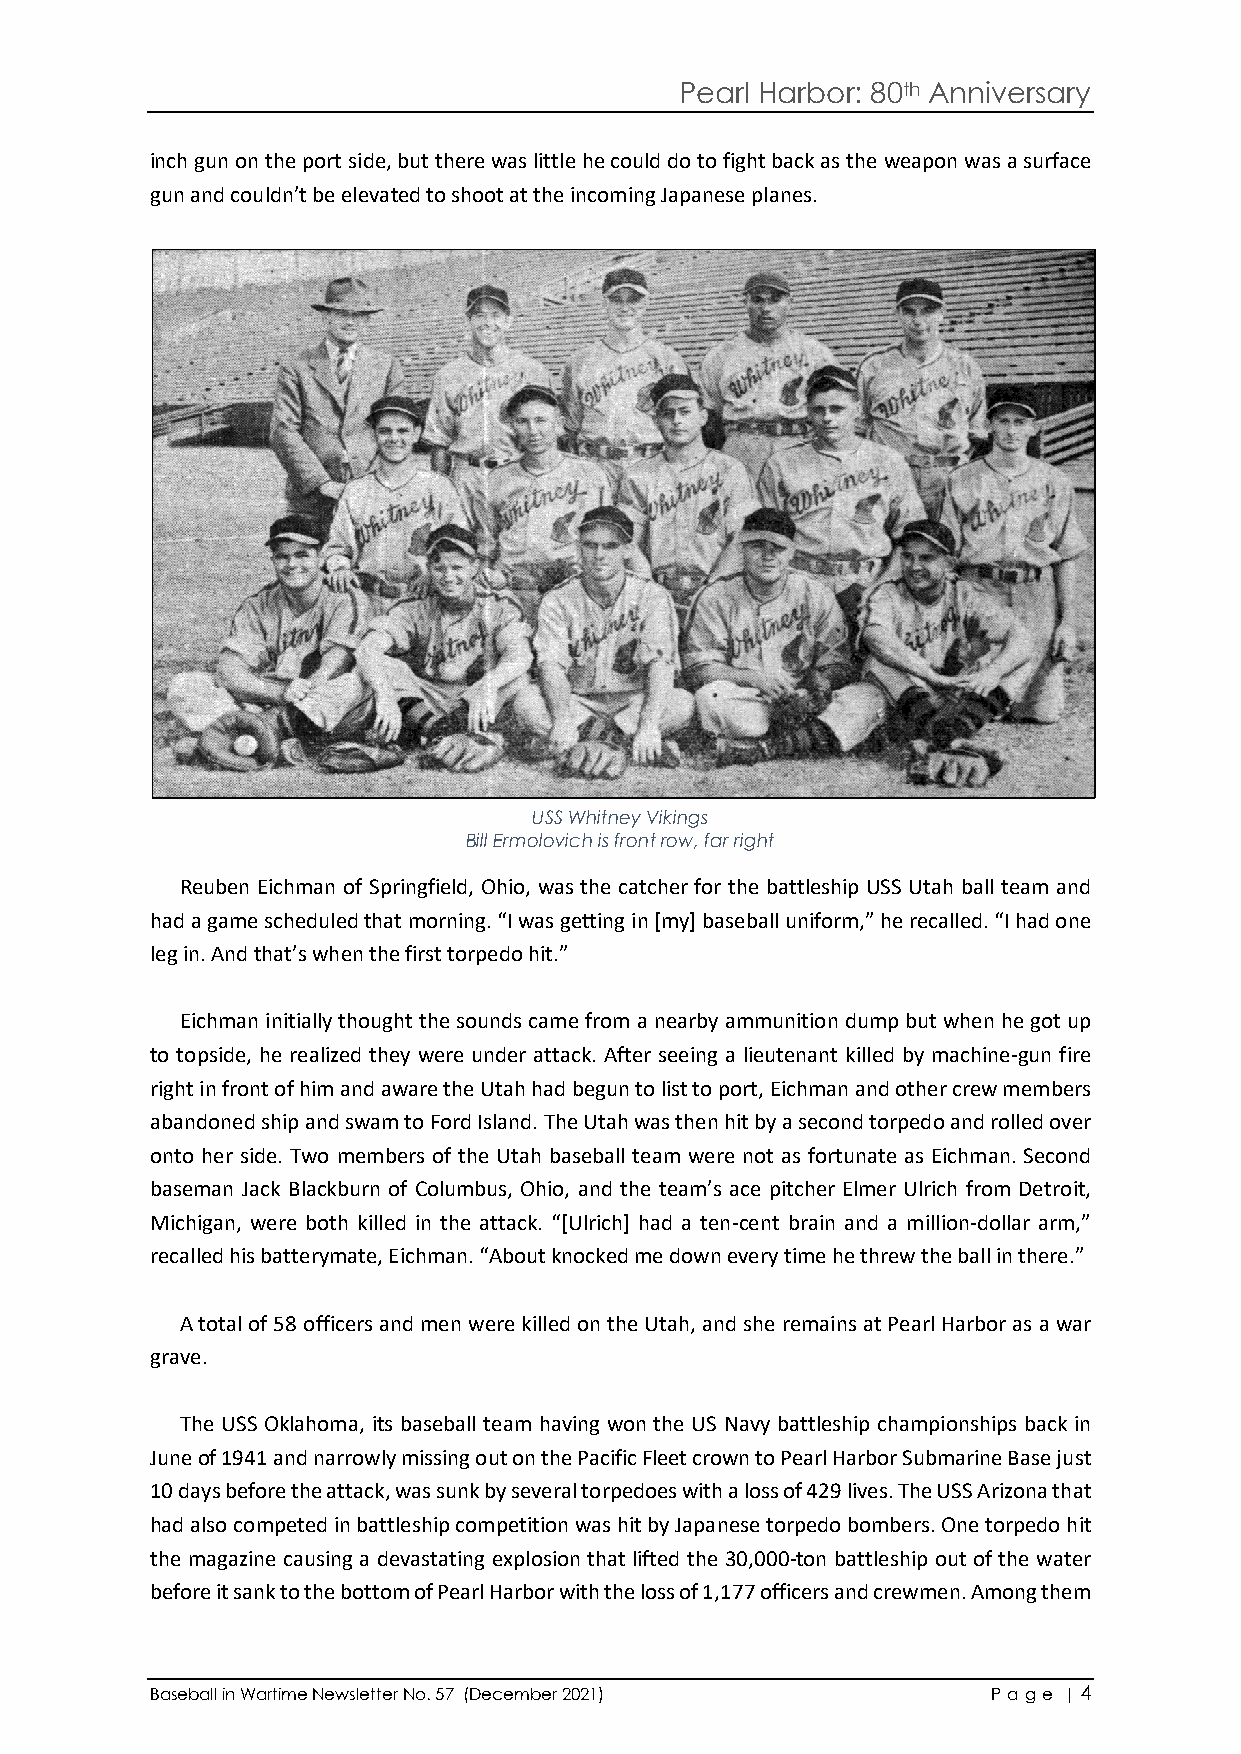
Pearl Harbor: 80th Anniversary
 inch gun on the port side, but there was little he could do to fight back as the weapon was a surface
 gun and couldn’t be elevated to shoot at the incoming Japanese planes.
 USS Whitney Vikings
 Bill Ermolovich is front row, far right
 Reuben Eichman of Springfield, Ohio, was the catcher for the battleship USS Utah ball team and
 had a game scheduled that morning. “I was getting in [my] baseball uniform,” he recalled. “I had one
 leg in. And that’s when the first torpedo hit.”
 Eichman initially thought the sounds came from a nearby ammunition dump but when he got up
 to topside, he realized they were under attack. After seeing a lieutenant killed by machine-gun fire
 right in front of him and aware the Utah had begun to list to port, Eichman and other crew members
 abandoned ship and swam to Ford Island. The Utah was then hit by a second torpedo and rolled over
 onto her side. Two members of the Utah baseball team were not as fortunate as Eichman. Second
 baseman Jack Blackburn of Columbus, Ohio, and the team’s ace pitcher Elmer Ulrich from Detroit,
 Michigan, were both killed in the attack. “[Ulrich] had a ten-cent brain and a million-dollar arm,”
 recalled his batterymate, Eichman. “About knocked me down every time he threw the ball in there.”
 A total of 58 officers and men were killed on the Utah, and she remains at Pearl Harbor as a war
 grave.
 The USS Oklahoma, its baseball team having won the US Navy battleship championships back in
 June of 1941 and narrowly missing out on the Pacific Fleet crown to Pearl Harbor Submarine Base just
 10 days before the attack, was sunk by several torpedoes with a loss of 429 lives. The USS Arizona that
 had also competed in battleship competition was hit by Japanese torpedo bombers. One torpedo hit
 the magazine causing a devastating explosion that lifted the 30,000-ton battleship out of the water
 before it sank to the bottom of Pearl Harbor with the loss of 1,177 officers and crewmen. Among them
 Baseball in Wartime Newsletter No. 57 (December 2021)   P a ge | 4